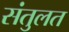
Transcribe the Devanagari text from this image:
संतुलत